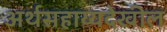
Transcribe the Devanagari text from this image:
अर्थसहाय्यदेखील